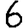
Digit: 6